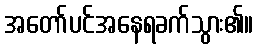
အတော်ပင်အနေရခက်သွား၏။